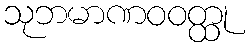
သုဘမာဏဝဝတ္ထု